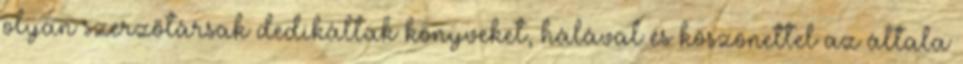
olyan szerzőtársak dedikáltak könyveket, hálával és köszönettel az általa